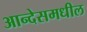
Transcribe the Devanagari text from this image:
आन्देसमधील